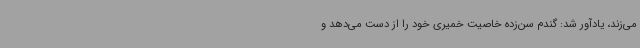
می‌زند، یادآور شد: گندم سن‌زده خاصیت خمیری خود را از دست می‌دهد و